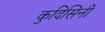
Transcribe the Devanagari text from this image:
कुदिसिनी